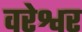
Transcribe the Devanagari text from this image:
वरेश्वर